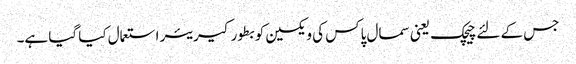
جس کے لئے چیچک یعنی سمال پاکس کی ویکسین کو بطور کیریئر استعمال کیا گیا ہے۔